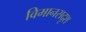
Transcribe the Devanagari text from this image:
विमानसदृश